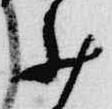
少